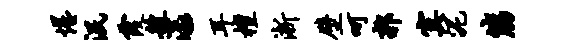
惺泯霞艘漾耳檀淅壁呵郭寞泥筋